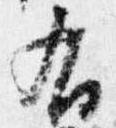
右